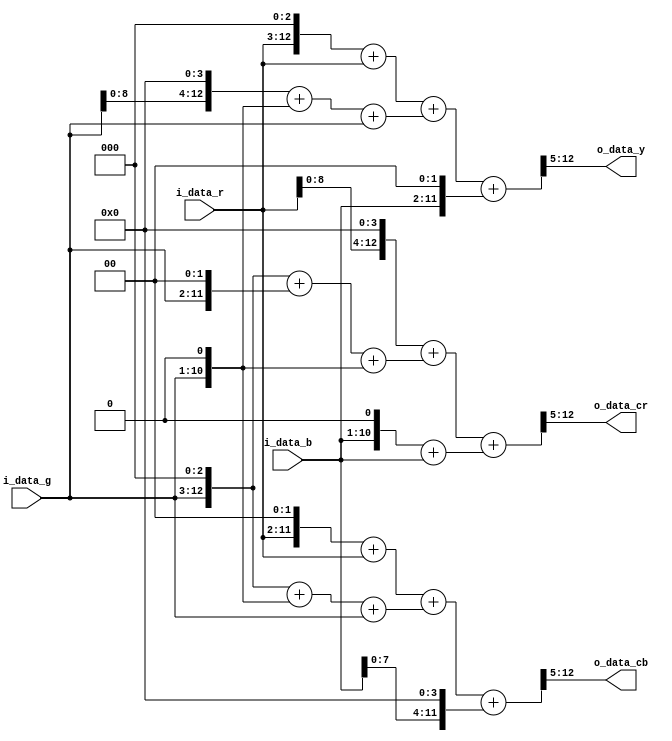
// +FHDR -----------------------------------------------------------------------
// Copyright (c) Silicon Optronics. Inc. 2012
//
// Version:             $Revision$
// Last Modified By:    $Author$
//
// File Description:    RGB to Y Converter
// Abbreviations:
// Parameters:          PRECISION: 1: Higher precision; 0: Lower precision
//
// -FHDR -----------------------------------------------------------------------

module  ip_rgb2yuv(
            // Output
                o_data_y,
                o_data_cb,
                o_data_cr,
            // Input
                i_data_r,
                i_data_g,
                i_data_b
            );

parameter   DAT_SZ      = 10;
parameter   PRECISION   = 0;
parameter   COM_SZ      = DAT_SZ-1+9;

//----------------------------------------------//
// Output declaration                           //
//----------------------------------------------//

output [7:0]                  o_data_y;                      //
output [7:0]                  o_data_cb;                     //
output [7:0]                  o_data_cr;                     //

//----------------------------------------------//
// Input declaration                            //
//----------------------------------------------//

input [DAT_SZ-1:0]            i_data_r;                      // input R
input [DAT_SZ-1:0]            i_data_g;                      // input G
input [DAT_SZ-1:0]            i_data_b;                      // input B

//----------------------------------------------//
// Wire declaration                             //
//----------------------------------------------//

wire [DAT_SZ-1+7:0]           r_x77;                  // Pixel R*77
wire [DAT_SZ-1+8:0]           g_x150;                 // Pixel R*150
wire [DAT_SZ-1+5:0]           b_x29;                  // Pixel B*29
wire [DAT_SZ-1+9:0]           y_x256;                 // Y value * 256

wire [DAT_SZ-1+6:0]           r_x43;
wire [DAT_SZ-1+7:0]           g_x84;
wire [DAT_SZ-1+7:0]           b_x127;
wire signed [DAT_SZ-1+9:0]    cb_x256;

wire [DAT_SZ-1+7:0]           r_x127;
wire [DAT_SZ-1+7:0]           g_x106;
wire [DAT_SZ-1+5:0]           b_x21; 
wire signed [DAT_SZ-1+9:0]    cr_x256;

wire signed [DAT_SZ-1+4:0]    r_x9;                   // Pixel R*9
wire signed [DAT_SZ-1+5:0]    g_x19;                  // Pixel R*9
wire signed [DAT_SZ-1+2:0]    b_x4;                   // Pixel B*4
wire signed [DAT_SZ-1+5:0]    y_x32;                  // Y value * 32

wire signed [DAT_SZ-1+4:0]    r_x5; 
wire signed [DAT_SZ-1+5:0]    g_x11; 
wire signed [DAT_SZ-1+2:0]    b_x16; 
wire signed [DAT_SZ-1+5:0]    cb_x32; 

wire signed [DAT_SZ-1+4:0]    r_x16; 
wire signed [DAT_SZ-1+5:0]    g_x14; 
wire signed [DAT_SZ-1+2:0]    b_x3; 
wire signed [DAT_SZ-1+5:0]    cr_x32; 

//----------------------------------------------//
// Code Descriptions                            //
//----------------------------------------------//

generate
   if (PRECISION == 1) begin: gen_hi_precision
// 8 bit Higher precision
//Y =    0.299*R'+     0.587*G'+    0.114*B'
//Y = (77/256)*R + (150/256)*G + (29/256)*B = (R*77 + G*150 + B*29)/256
//R coefficient: 77  = 64 ( <<6) + 8 ( <<3) + 4( <<2) + 1( <<0)
//G coefficient: 150 = 128( <<7) + 16( <<4) + 4( <<2) + 2( <<1)
//B coefficient: 29  = 32 ( <<5) - 4( <<2) + 1( <<0)
assign  r_x77      = (i_data_r <<6) + (i_data_r <<3) + (i_data_r <<2) +  i_data_r;
assign  g_x150     = (i_data_g <<7) + (i_data_g <<4) + (i_data_g <<2) + (i_data_g <<1);
assign  b_x29      = (i_data_b <<5) - (i_data_b <<2) + i_data_b;

assign  y_x256     = r_x77 + g_x150 + b_x29;
assign  o_data_y   = (y_x256 + 8'h80)>> 8;

//Cb = 128 - 0.168*R' - 0.331*G' + 0.5*B' 
//Cb = -(43/256)*R' - (85/256)*G' + (128/256)*B' + 128
//fix equation  
//Cb = -(43/256)*R' - (84/256)*G' + (127/256)*B' + 128
//R coefficient: 43  = 32 ( <<5) + 8 ( <<3) + 2( <<1) + 1( <<0) 
//G coefficient: 84  = 64 ( <<6) + 16( <<4) + 4( <<2) 
//B coefficient: 127 = 128( <<7) - 1( <<0) 
assign  r_x43      = (i_data_r <<5) + (i_data_r <<3) + (i_data_r <<1)+ (i_data_r <<0);       
assign  g_x84      = (i_data_g <<6) + (i_data_g <<4) + (i_data_g <<2) ;
assign  b_x127     = (i_data_b <<7) - (i_data_b <<0);

assign  cb_x256    = -$signed({1'b0,r_x43}) - $signed({1'b0,g_x84}) + $signed({1'b0,b_x127});
assign  o_data_cb  = 8'h80 + ((cb_x256 + 8'h80)>>8); 
//Cr =  128 + 0.5*R' - 0.418*G' - 0.081*B' 
//Cr =  (128/256)*R' + (107/256)*G' + (21/256)*B' + 128
//fix equation  
//Cr =  (127/256)*R' + (106/256)*G' + (21/256)*B' + 128
//R coefficient: 127  = 128( <<7) - 1( <<0)
//G coefficient: 106  = 128( <<7) - 16( <<4) - 4 ( <<2) - 2( <<1)
//B coefficient: 21   = 16 ( <<4) + 4 ( <<2) + 1( <<0)
assign  r_x127     = (i_data_r <<7) - (i_data_r <<0);
assign  g_x106     = (i_data_g <<7) - (i_data_g <<4) - (i_data_g <<2) - (i_data_g <<1);
assign  b_x21      = (i_data_b <<4) + (i_data_b <<2) + (i_data_b <<0) ;

assign  cr_x256    = $signed({1'b0,r_x127}) - g_x106 - $signed({1'b0,b_x21});
assign  o_data_cr  = 8'h80 + ((cr_x256 + 8'h80)>>8); 
   end
   else begin: gen_low_precision
// 8 bit Lower precision
//Y = (9/32)*R + (19/32)*G + (4/32)*B = (R*9 + G*19 + B*4)/32
//R coefficient: 9  = 8 ( <<3) + 1( <<0)
//G coefficient: 19 = 16( <<4) + 2( <<1) + 1( <<0)
//B coefficient: 4  = 4( <<2)

assign  r_x9     = (i_data_r <<3) + i_data_r;
assign  g_x19    = (i_data_g <<4) + (i_data_g <<1) + i_data_g;
assign  b_x4     = i_data_b <<2;

assign  y_x32    = r_x9 + g_x19 + b_x4;
assign  o_data_y = y_x32 >> 5;

//R coefficient: 5  = 4 ( <<2) + 1( <<0)
//G coefficient: 11 = 8 ( <<3) + 2( <<1) + 1( <<0)
//B coefficient: 16 = 16( <<4)

assign  r_x5      = (i_data_r <<2) + i_data_r;
assign  g_x11     = (i_data_g <<3) + (i_data_g <<1) + i_data_g;
assign  b_x16     = i_data_b <<4;

assign  cb_x32    = r_x5 + g_x11 + b_x16;
assign  o_data_cb = cb_x32 >> 5;

//R coefficient: 16 = 16( <<4)
//G coefficient: 14 = 8 ( <<3) + 4( <<2) + 2( <<1)
//B coefficient: 3 = 2( <<1) + 1( <<0)

assign  r_x16      = (i_data_r <<4);
assign  g_x14      = (i_data_g <<3) + (i_data_g <<2) + (i_data_g <<1);
assign  b_x3       = (i_data_b <<1) + i_data_b;

assign  cr_x32     = r_x16 + g_x14 + b_x3;
assign  o_data_cr  = cr_x32 >> 5;

   end
endgenerate

endmodule